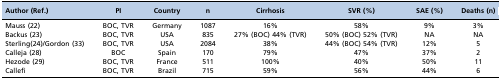
| Author (Ref.) | PI | Country | n | Cirrhosis | SVR (%) | SAE (%) | Deaths (n) |
 | --- | --- | --- | --- | --- | --- | --- | --- |
 | Mauss (22) | BOC, TVR | Germany | 1087 | 16% | 58% | 9% | 3% |
 | Backus (23) | BOC, TVR | USA | 835 | 27% (BOC) 44% (TVR) | 50% (BOC) 52% (TVR) | NA | NA |
 | Sterling(24)/Gordon (33) | BOC, TVR | USA | 2084 | 38% | 44% (BOC) 54% (TVR) | 12% | 5 |
 | Calleja (28) | BOC | Spain | 170 | 79% | 47% | 37% | 2 |
 | Hezode (29) | BOC, TVR | France | 511 | 100% | 40% | 50% | 11 |
 | Callefi | BOC, TVR | Brazil | 715 | 59% | 56% | 44% | 6 |